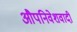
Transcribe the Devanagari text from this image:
औपनिवेशवादी